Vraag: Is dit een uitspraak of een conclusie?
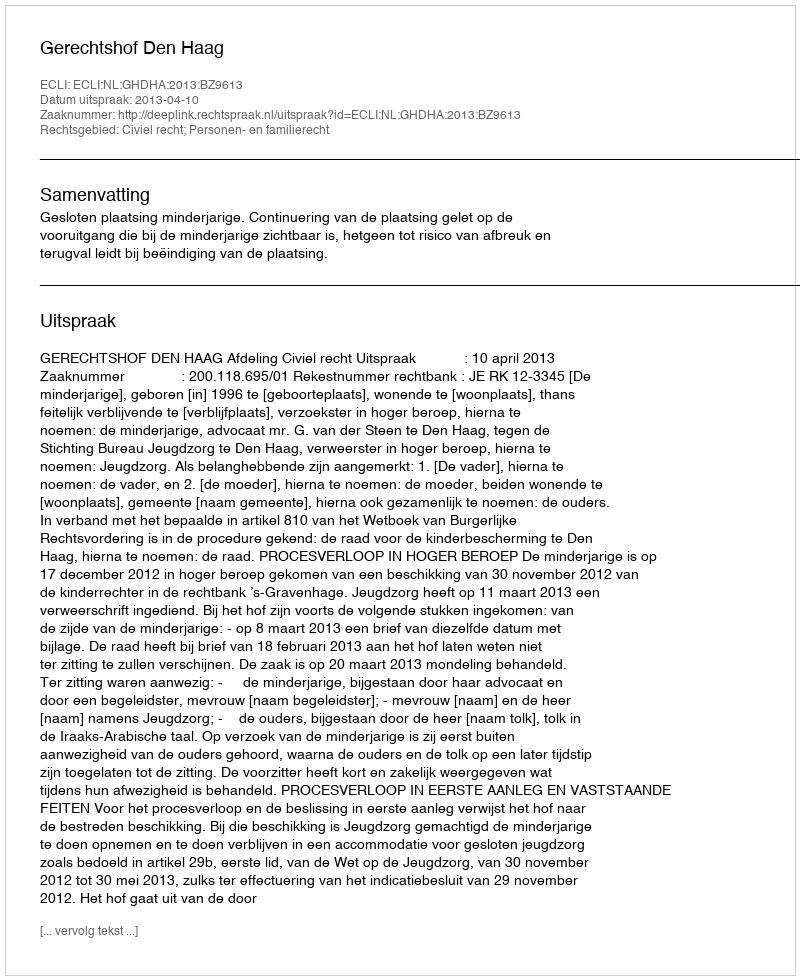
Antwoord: Uitspraak